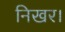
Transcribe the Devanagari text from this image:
निखर।